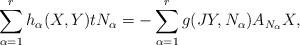
LaTeX: \begin{align*}\sum_{\alpha=1}^rh_{\alpha}(X,Y)tN_{\alpha}=-\sum_{\alpha=1}^rg(JY,N_{\alpha})A_{N_{\alpha}}X,\end{align*}